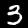
Label: 3